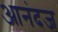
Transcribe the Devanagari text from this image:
आनंदज